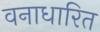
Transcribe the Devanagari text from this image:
वनाधारित